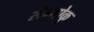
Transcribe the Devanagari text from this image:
सेन्गोकु